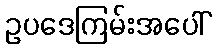
ဥပဒေကြမ်းအပေါ်